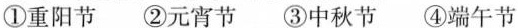
①重阳节②元宵节③中秋节④端午节